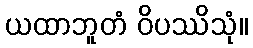
ယထာဘူတံ ဝိပဿိသုံ။